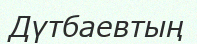
Дүтбаевтың